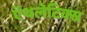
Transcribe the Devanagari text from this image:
ऍथलेटिक्स